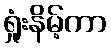
ရှုံးနိမ့်ကာ